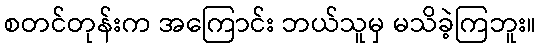
စတင်တုန်းက အကြောင်း ဘယ်သူမှ မသိခဲ့ကြဘူး။